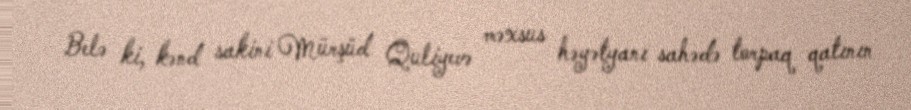
Belə ki, kənd sakini Mürşüd Quliyevə məxsus həyətyanı sahədə torpaq qatının